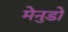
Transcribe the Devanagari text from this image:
मेनुडो